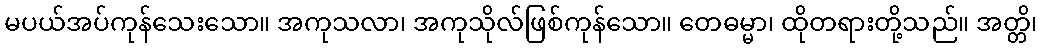
မပယ်အပ်ကုန်သေးသော။ အကုသလာ၊ အကုသိုလ်ဖြစ်ကုန်သော။ တေဓမ္မာ၊ ထိုတရားတို့သည်။ အတ္တိ၊